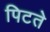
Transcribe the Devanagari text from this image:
पिटते